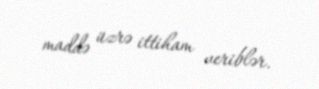
maddə üzrə ittiham veriblər.